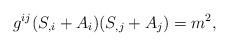
LaTeX: \begin{align*} g^{ij}(S_{,i}+A_i)(S_{,j}+A_j)=m^2,\end{align*}